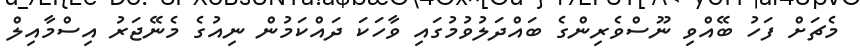
މެޗަށް ފަހު ބޭއްވި ނޫސްވެރިންގެ ބައްދަލުވުމުގައި ވާހަކަ ދައްކަމުން ނިއުގެ މެނޭޖަރު އިސްމާއިލް